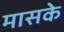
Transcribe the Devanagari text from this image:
मासके